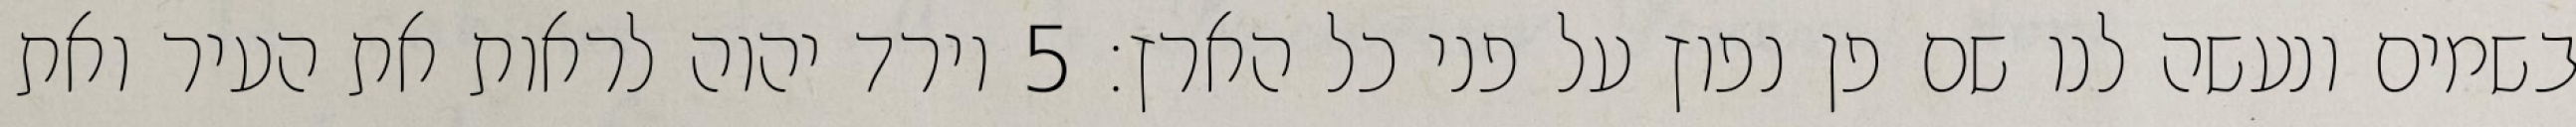
בשמים ונעשה לנו שם פן נפוץ על פני כל הארץ׃ ‎5‏ וירד יהוה לראות את העיר ואת